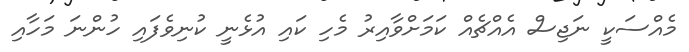
މެއްސަކީ ނަޖިސް އެއްޗެއް ކަމަށްވާއިރު މެހި ކައި އުޅެނީ ކުނިވެފައި ހުންނަ މަހާއި